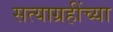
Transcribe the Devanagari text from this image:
सत्याग्रहींच्या